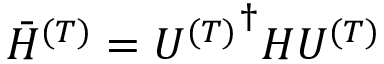
\bar { H } ^ { ( T ) } = { U ^ { ( T ) } } ^ { \dagger } H U ^ { ( T ) }